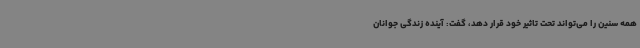
همه سنین را می‌تواند تحت تاثیر خود قرار دهد، گفت: آینده زندگی جوانان